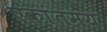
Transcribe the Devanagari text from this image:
एकांतमय